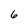
Character: 6